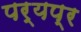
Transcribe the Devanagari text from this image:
पर्यप्र